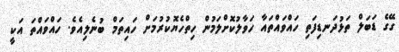
ގޭގެ ޑަބަލް ތަޅުދަނޑިފަތި ހައްވައްތައާ ހަވާލުކޮށްލަމުން ހިތްހެޔޮކުރުމަށް ހައިތަމް ބުނެލިއެވެ. ހައްވައްތަ އަކީ